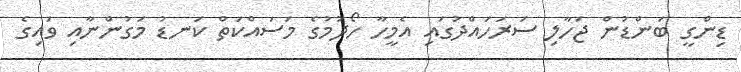
ޑިންގީ ބަންޑުން ޖަހާލި ސަރަހައްދުގައި އެމީހާ ހޯދުމުގެ މަސައްކަތް ކަނޑު މަގުންނާއި ވައިގެ